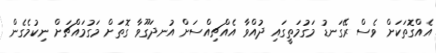
އެއްގޮތަކަށް ވެސް ރޭގަނޑު މަގުމަތީގައި ދުއްވާ އެއްޗިއްސަށް އުނދަގޫވާ ގޮތަށް މަގުމައްޗަށް ނިކުމެގެން